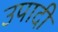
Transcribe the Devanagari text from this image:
उपादी